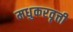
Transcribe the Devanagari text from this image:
मधुकरवृत्ती